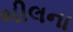
બીલના